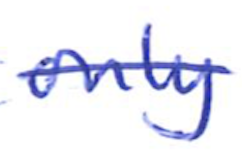
Text: only
Cross-out: mix
Writing tool: ballpoint